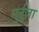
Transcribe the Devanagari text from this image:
मुर्तुज़ा